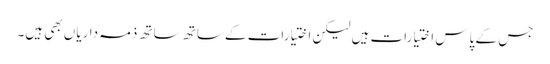
جس کے پاس اختیارات ہیں لیکن اختیارات کے ساتھ ساتھ ذمہ داریاں بھی ہیں۔